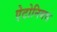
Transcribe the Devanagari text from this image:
ऐटोनियस